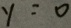
y = 0